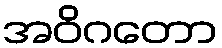
အဝိဂတော